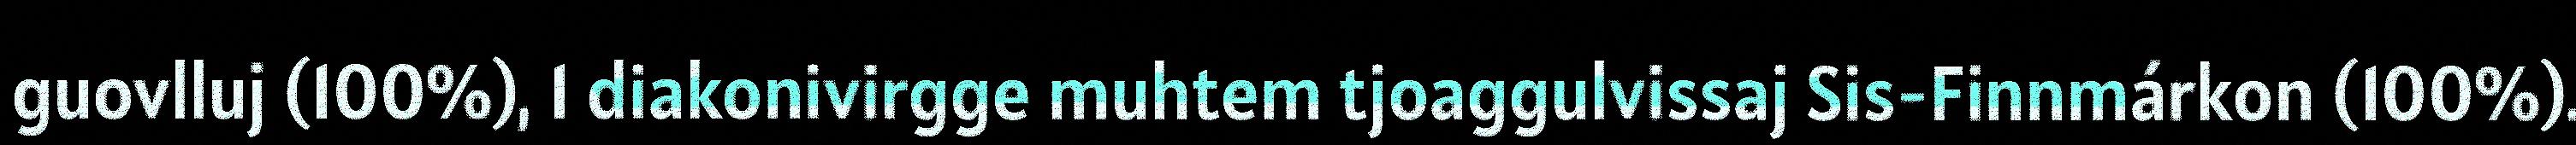
guovlluj (100%), 1 diakonivirgge muhtem tjoaggulvissaj Sis-Finnmárkon (100%).